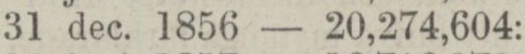
„ 31 dec. 1856 — 20,274,604: —